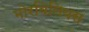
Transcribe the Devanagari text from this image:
मोरबिलियस